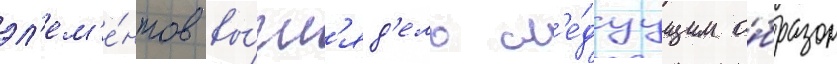
эл'ем'е́нтов вы́гл'яд'ело сл'е́дуущим о́бразом